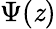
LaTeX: \Psi(\mathit{z})